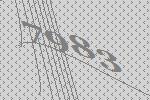
7983